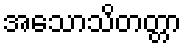
အသောသိတတ္တာ